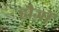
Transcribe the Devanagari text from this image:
हौज़ों